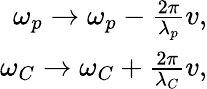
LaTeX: \begin{array}{r}{\omega_{p}\rightarrow\omega_{p}-\frac{2\pi}{\lambda_{p}}v,}\\ {\omega_{C}\rightarrow\omega_{C}+\frac{2\pi}{\lambda_{C}}v,}\end{array}